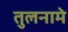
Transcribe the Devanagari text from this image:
तुलनामे